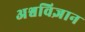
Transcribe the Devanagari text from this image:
अश्वविज्ञान